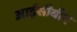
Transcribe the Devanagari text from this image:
आईसीबीए